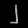
Digit: ၂